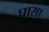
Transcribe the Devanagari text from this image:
घासा